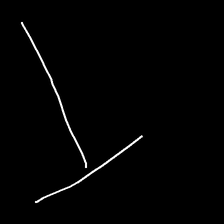
Glyph: column